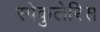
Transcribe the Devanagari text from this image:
स्पेकुलेरिस